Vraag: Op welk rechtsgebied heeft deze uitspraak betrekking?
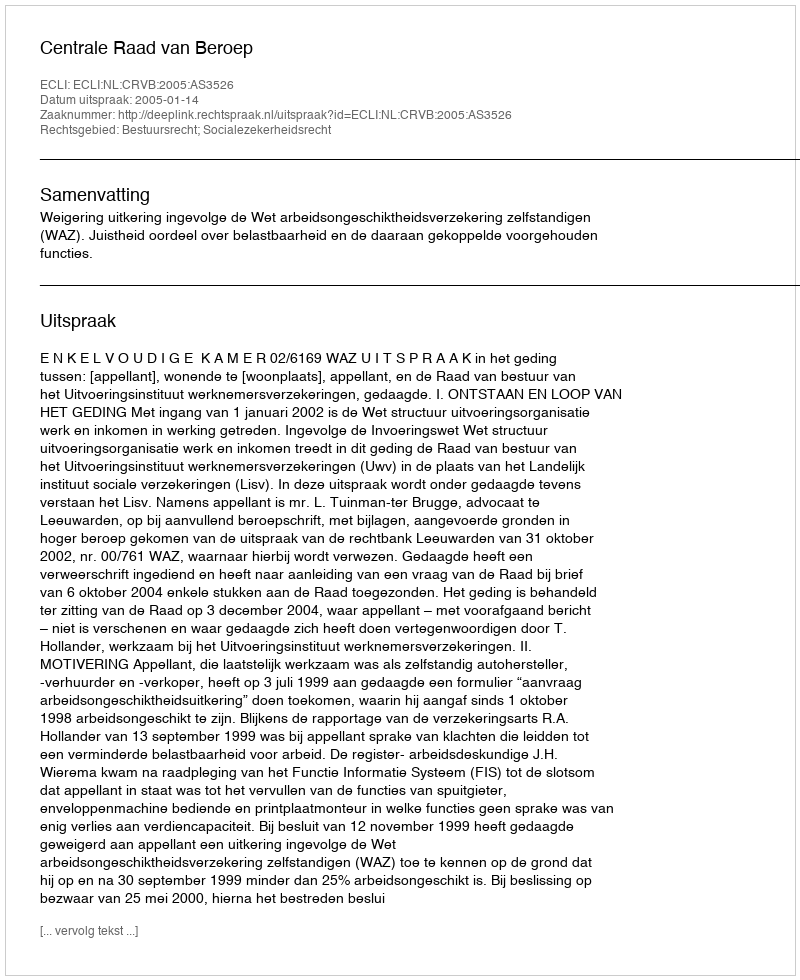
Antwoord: Bestuursrecht; Socialezekerheidsrecht